Report on horse surra - Volume II, Part I
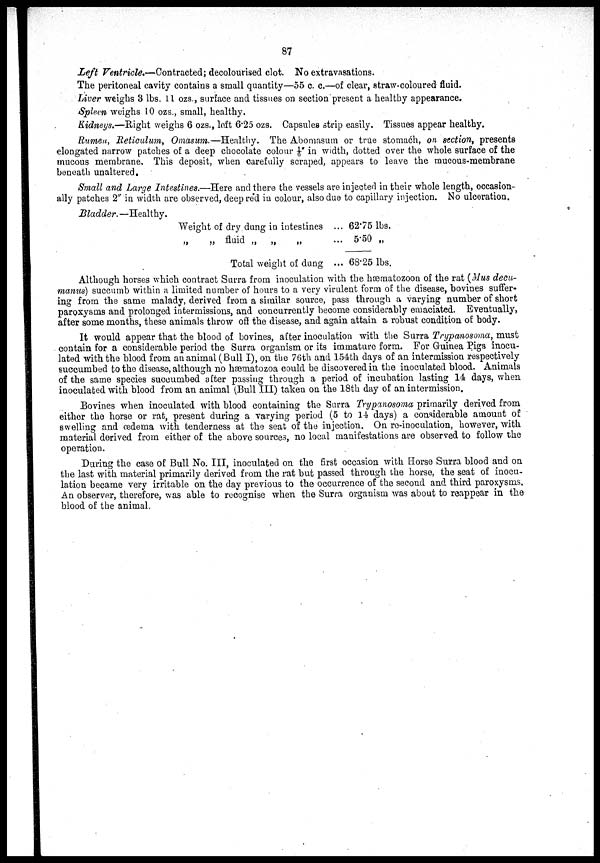
87
Left Ventricle.—Contracted; decolourised clot. No extravasations.
The peritoneal cavity contains a small quantity—55 c. c.—of clear, straw-coloured fluid.
Liver weighs 3 lbs. 11 ozs., surface and tissues on section present a healthy appearance.
Spleen weighs 10 ozs., small, healthy.
Kidneys.—Right weighs 6 ozs., loft 6.25 ozs. Capsules strip easily. Tissues appear healthy.
Rumen, Reticulum, Omasum.—Healthy. The Abomasum or true stomaćh, on section, presents
elongated narrow patches of a deep chocolate colour 1/6" in width, dotted over the whole surface of the
mucous membrane. This deposit, when carefully scraped, appears to leave the mucous-membrane
beneath unaltered.
Small and Large Intestines.—Here and there the vessels are injected in their whole length, occasion
ally patches 2" in width are observed, deep red in colour, also due to capillary injection. No ulceration.
Bladder. —Healthy.
Weight of dry dung in intestines ... 62.75 lbs.
„
„ fluid „ „
„
... 5.50 „
Total weight of dung ... 68.25 lbs.
Although horses which contract Surra from inoculation with the hæmatozoon of the rat (Mus decu-
manus) succumb within a limited number of hours to a very virulent form of the disease, bovines suffer
ing from the same malady, derived from a similar source, pass through a varying number of short
paroxysms and prolonged intermissions, and concurrently become considerably emaciated. Eventually,
after some months, these animals throw off the disease, and again attain a robust condition of body.
It would appear that the blood of bovines, after inoculation with the Surra Trypanosoma, must
contain for a considerable period the Surra organism or its immature form. For Guinea Pigs inocu
lated with the blood from an animal (Bull I), on the 76th and 154th days of an intermission respectively
succumbed to the disease, although no hæmatozoa could be discovered in the inoculated blood. Animals
of the same species succumbed after passing through a period of incubation lasting 14 days, when
inoculated with blood from an animal (Bull III) taken on the 18th day of an intermission.
Bovines when inoculated with blood containing the Surra Trypanosoma primarily derived from
either the horse or rat, present during a varying period (5 to 14 days) a considerable amount of
swelling and œdema with tenderness at the seat of the injection. On re-inoculation, however, with
material derived from either of the above sources, no local manifestations are observed to follow the
operation.
During the case of Bull No. III, inoculated on the first occasion with Horse Surra blood and on
the last with material primarily derived from the rat but passed through the horse, the seat of inocu-
lation became very irritable on the day previous to the occurrence of the second and third paroxysms.
An observer, therefore, was able to recognise when the Surra organism was about to reappear in the
blood of the animal.